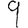
Digit: 9